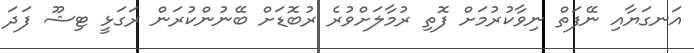
އަނގަޔާއި ނޭފަތް ނިވާކުރުމަށް ފޮތި ރުމާލަށްވުރެ ރުބޮޑަށް ބޭނުންކުރަން ރަގަޅީ ޓިޝޫ ފަދަ